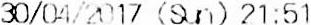
30/04/2017 (SUN) 21:51